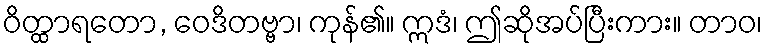
ဝိတ္ထာရတော, ဝေဒိတဗ္ဗာ၊ ကုန်၏။ ဣဒံ၊ ဤဆိုအပ်ပြီးကား။ တာဝ၊